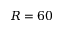
R = 6 0